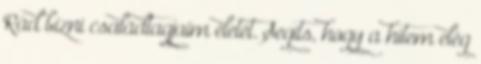
Rád bízni családtagjaim életét. Segíts, hogy a hitem elég